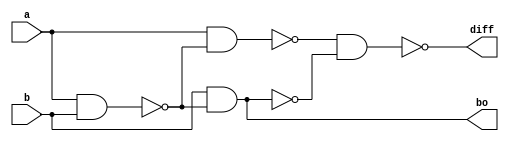
`timescale 1ns / 1ps
//////////////////////////////////////////////////////////////////////////////////
// Company: 
// Engineer: 
// 
// Design Name: 
// Module Name: hs_nand
// Project Name: 
// Target Devices: 
// Tool Versions: 
// Description: 
// 
// Dependencies: 
// 
// Revision:
// Revision 0.01 - File Created
// Additional Comments:
// 
//////////////////////////////////////////////////////////////////////////////////


 module hs_nand(
input a,b, output diff,bo );

wire w1,w2,w3;

nand n1(w1,a,b);
nand n2(w2,a,w1);
nand n3(w3,b,w1);
nand n4(diff,w2,w3);
nand n5(bo,w3,w3);

endmodule